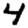
Digit: 4